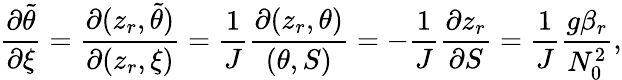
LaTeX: \frac{\partial\tilde{\theta}}{\partial\xi}=\frac{\partial(z_{r},\tilde{\theta})}{\partial(z_{r},\xi)}=\frac{1}{J}\frac{\partial(z_{r},\theta)}{(\theta,S)}=-\frac{1}{J}\frac{\partial z_{r}}{\partial S}=\frac{1}{J}\frac{g\beta_{r}}{N_{0}^{2}},